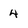
Character: 4